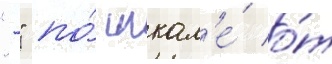
"-" по́ шкал'е́ о́т